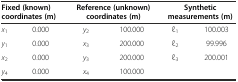
<table><thead><tr><td colspan="2"><b>Fixed (known) coordinates (m)</b></td><td colspan="2"><b>Reference (unknown) coordinates (m)</b></td><td colspan="2"><b>Synthetic measurements (m)</b></td></tr></thead><tbody><tr><td><i>x</i><sub>1</sub></td><td>0.000</td><td><i>y</i><sub>2</sub></td><td>100.000</td><td>l<sub>1</sub></td><td>100.003</td></tr><tr><td><i>y</i><sub>1</sub></td><td>0.000</td><td><i>x</i><sub>3</sub></td><td>200.000</td><td>l<sub>2</sub></td><td>99.996</td></tr><tr><td><i>x</i><sub>2</sub></td><td>0.000</td><td><i>y</i><sub>3</sub></td><td>200.000</td><td>l<sub>3</sub></td><td>200.001</td></tr><tr><td><i>y</i><sub>4</sub></td><td>0.000</td><td><i>x</i><sub>4</sub></td><td>100.000</td><td></td><td></td></tr></tbody></table>